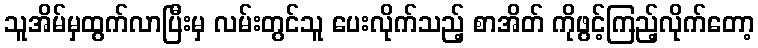
သူအိမ်မှထွက်လာပြီးမှ လမ်းတွင်သူ ပေးလိုက်သည့် စာအိတ် ကိုဖွင့်ကြည့်လိုက်တော့